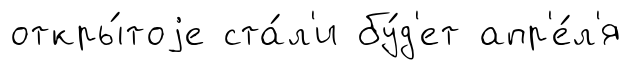
откры́тоjе ста́л'и бу́д'ет апр'е́л'я